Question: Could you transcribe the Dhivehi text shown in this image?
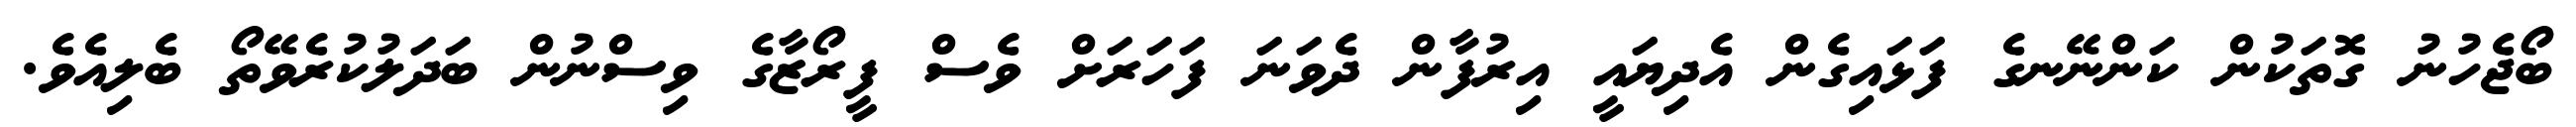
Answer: ބޯޖެހުނު ގޮތަކުން ކަންނޭނގެ ފަޅައިގެން އެދިޔައީ އިރުފާން ދެވަނަ ފަހަރަށް ވެސް ފީރޯޒާގެ ވިސްނުން ބަދަލުކުރެވޭތޯ ބެލިއެވެ.